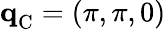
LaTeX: \mathbf{q}_{\mathrm{C}}^{}=(\pi,\pi,0)